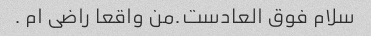
سلام فوق العادست.من واقعا راضی ام .